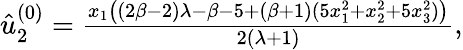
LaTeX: \begin{array}{r}{\hat{u}_{2}^{(0)}=\frac{x_{1}\left((2\beta-2)\lambda-\beta-5+(\beta+1)(5x_{1}^{2}+x_{2}^{2}+5x_{3}^{2})\right)}{2(\lambda+1)},}\end{array}